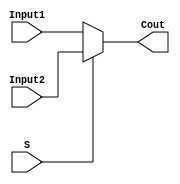
// Multiplexer 2 to 1(32-bit)

module Mul3 ( Input1,	
			  Input2,
			  S,
			  Cout);
	
	input [31:0] Input1;
	input [31:0] Input2;
	input S;
	
	output [31:0] Cout;
	
	assign Cout = (S == 0) ? Input1 : Input2;
	
endmodule